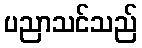
ပညာသင်သည်